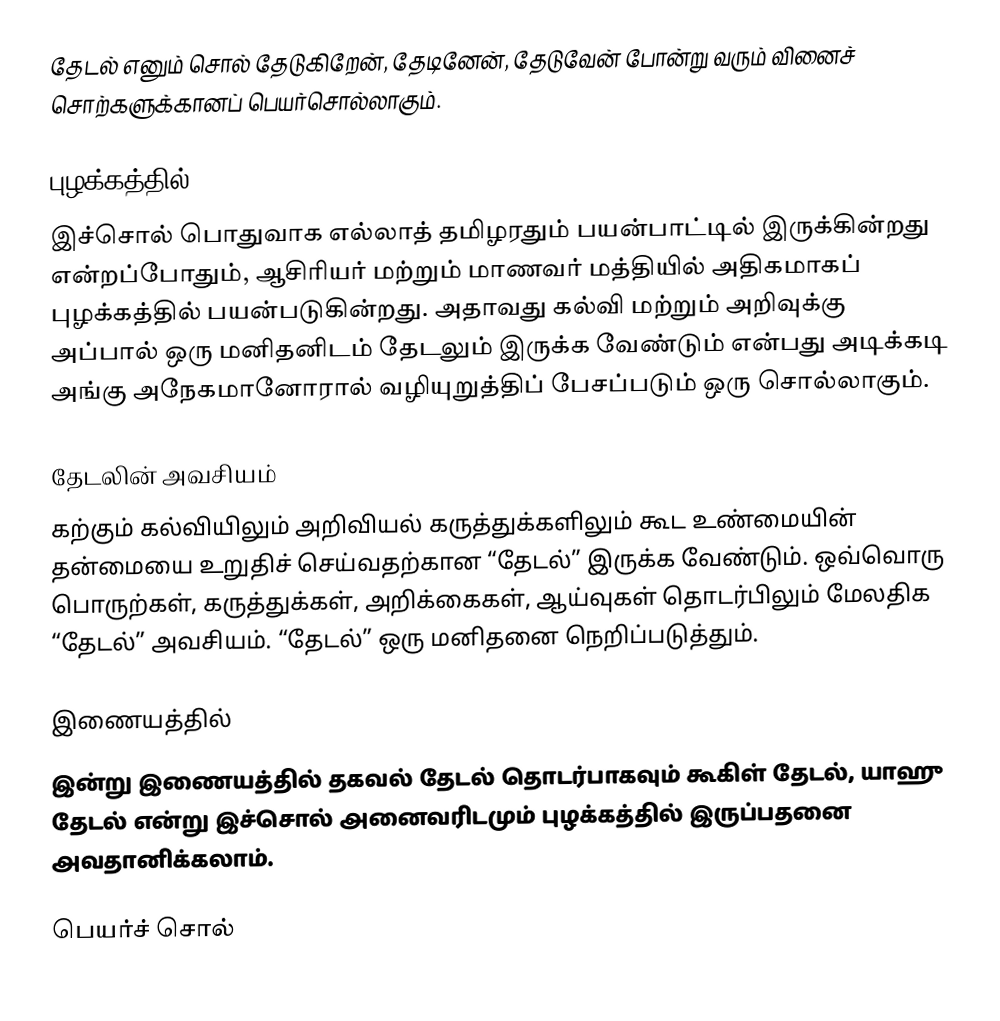
தேடல் எனும் சொல் தேடுகிறேன், தேடினேன், தேடுவேன் போன்று வரும் வினைச் சொற்களுக்கானப் பெயர்சொல்லாகும்.

புழக்கத்தில்
இச்சொல் பொதுவாக எல்லாத் தமிழரதும் பயன்பாட்டில் இருக்கின்றது என்றப்போதும்,  ஆசிரியர் மற்றும் மாணவர் மத்தியில் அதிகமாகப் புழக்கத்தில் பயன்படுகின்றது. அதாவது கல்வி மற்றும் அறிவுக்கு அப்பால் ஒரு மனிதனிடம் தேடலும் இருக்க வேண்டும் என்பது அடிக்கடி அங்கு அநேகமானோரால் வழியுறுத்திப் பேசப்படும் ஒரு சொல்லாகும்.

தேடலின் அவசியம்
கற்கும் கல்வியிலும் அறிவியல் கருத்துக்களிலும் கூட உண்மையின் தன்மையை உறுதிச் செய்வதற்கான “தேடல்” இருக்க வேண்டும். ஒவ்வொரு பொருற்கள், கருத்துக்கள், அறிக்கைகள், ஆய்வுகள் தொடர்பிலும் மேலதிக “தேடல்” அவசியம். “தேடல்” ஒரு மனிதனை நெறிப்படுத்தும்.

இணையத்தில்
இன்று இணையத்தில் தகவல் தேடல் தொடர்பாகவும் கூகிள் தேடல், யாஹு தேடல் என்று இச்சொல்   அனைவரிடமும் புழக்கத்தில் இருப்பதனை அவதானிக்கலாம்.

பெயர்ச் சொல்